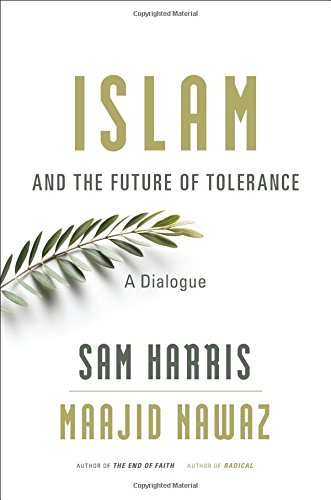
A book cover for Islam and the Future of Tolerance: A Dialogue; Sam Harris; Religion & Spirituality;